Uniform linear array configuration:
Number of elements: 64
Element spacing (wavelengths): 1
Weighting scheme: blackman
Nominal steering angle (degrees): -30
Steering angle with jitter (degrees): -29.511
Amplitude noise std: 0.05
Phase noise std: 0.05

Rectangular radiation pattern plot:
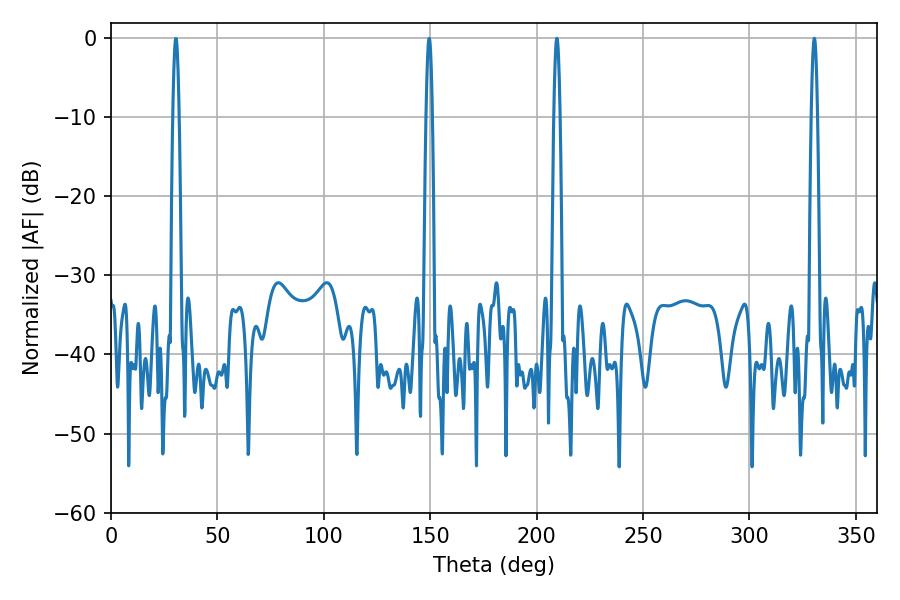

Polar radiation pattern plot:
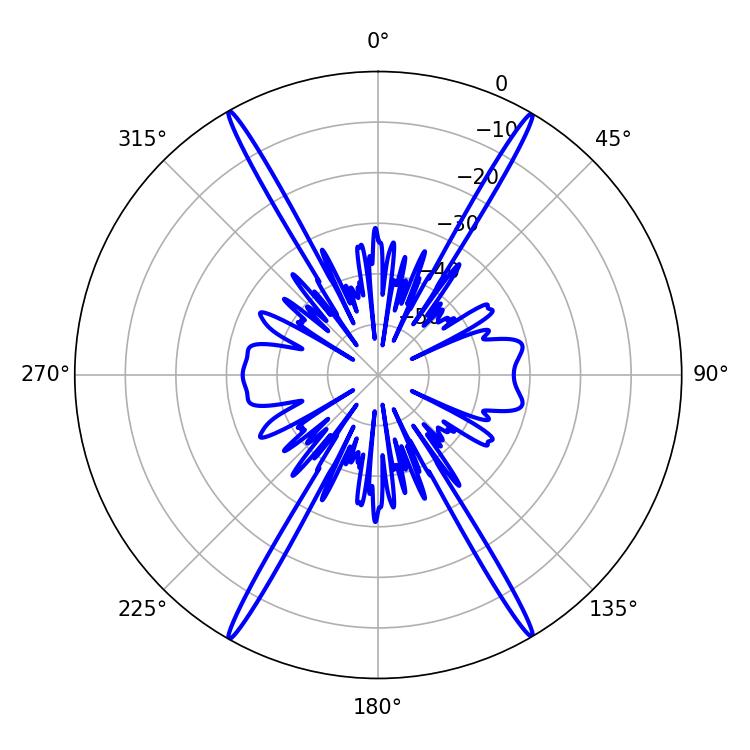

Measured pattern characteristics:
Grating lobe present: TRUE
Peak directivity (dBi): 31.6
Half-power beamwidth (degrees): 1.44
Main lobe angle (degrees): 330.48